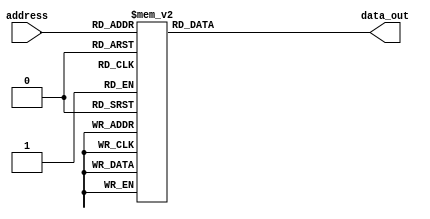
module LUT_CASE_32bits #(parameter W=32,N=3)
(
//Input Signals
input wire [N-1:0] address,
//Output Signals
output reg [W-1:0] data_out
);

always @(*) begin

   case (address)
          4'd0 : begin
          data_out =32'h3f490fdb;
          end
          4'd1 : begin
          data_out =32'h3eed6338;
          end
          4'd2 : begin
          data_out =32'h3e7adbb0;
          end
          4'd3 : begin
          data_out =32'h3dfeadd5;
          end
          4'd4 : begin
          data_out =32'h3d7faade;
          end
          4'd5 : begin
          data_out =32'h3cffeaae;
          end
          4'd6 : begin
          data_out =32'h3c7ffaab;
          end
          4'd7 : begin
          data_out =32'h3bfffeab;
          end
          4'd8 : begin
          data_out =32'h3b7fffab;
          end
          4'd9 : begin
          data_out =32'h3affffeb;
          end
          4'd10 : begin
          data_out =32'h3a7ffffb;
          end
          4'd11 : begin
          data_out =32'h39ffffff;
          end
          4'd12 : begin
          data_out =32'h39800000;
          end
          4'd13 : begin
          data_out =32'h39000000;
         end
          4'd14 : begin
          data_out =32'h38800000;
          end
          4'd15 : begin
          data_out =32'h38000000;
          end
          default: begin
          data_out =32'h3f490fdb;
          end
   endcase

end

endmodule